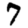
Digit: 7